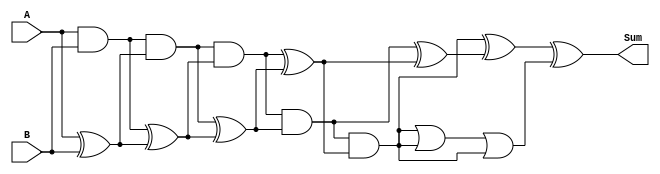
module brent_kung_adder (
    input wire [31:0] A,
    input wire [31:0] B,
    output reg [31:0] Sum
);

reg [31:0] G[4:0];
reg [31:0] P[4:0];
reg [31:0] C[4:0];

assign G[0] = A & B;
assign P[0] = A ^ B;
assign C[0] = 1'b0;

assign G[1] = G[0] & P[0];
assign P[1] = G[0] ^ P[0];
assign C[1] = G[0] | (G[0] & P[0]);

assign G[2] = G[1] & P[1];
assign P[2] = G[1] ^ P[1];
assign C[2] = (G[1] & P[1]) | (G[1] & P[1]) | (G[1] & P[1]);

assign G[3] = G[2] & P[2];
assign P[3] = G[2] ^ P[2];
assign C[3] = (G[2] & P[2]) | (G[2] & P[2]) | (G[2] & P[2]);

assign G[4] = G[3] & P[3];
assign P[4] = G[3] ^ P[3];
assign C[4] = (G[3] & P[3]) | (G[3] & P[3]) | (G[3] & P[3]);

always @(A or B)
begin
    Sum = G[4] ^ P[4] ^ C[4];
end

endmodule